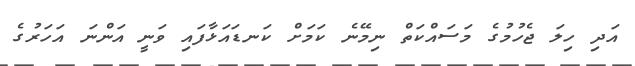
އަދި ހިލަ ޖެހުމުގެ މަސައްކަތް ނިމޭނެ ކަމަށް ކަނޑައަޅާފައި ވަނީ އަންނަ އަހަރުގެ